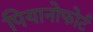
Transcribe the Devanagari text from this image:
पियानोफोर्ट